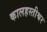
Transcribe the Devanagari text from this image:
कालहस्तीश्वर